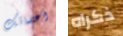
أعضائك ذكراه